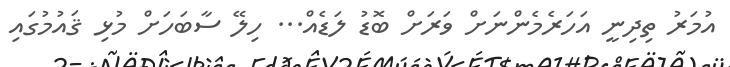
އުމަރު ތިދިނީ އަހަރެމެންނަށް ވަރަށް ބޮޑު ލަޑެެއް... ހިލޭ ސާބަހަށް މުޅި ޤައުމުގައި